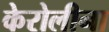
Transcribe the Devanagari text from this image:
केरोलीना